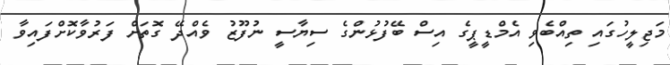
މަޖިލީހުގައި ތިއްބެވި އެމްޑީޕީގެ އިސް ބޭފުޅުންގެ ސިޔާސީ ނުފޫޒު ވެއްދޭ ގޮތަށް ފަރުވާކޮށްފައިިވާ